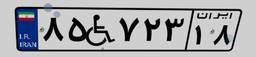
۸۵W۷۲۳۱۸